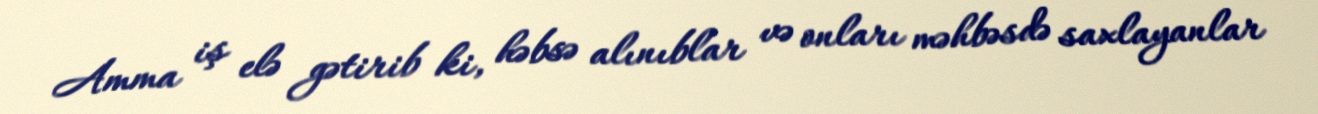
Amma iş elə gətirib ki, həbsə alınıblar və onları məhbəsdə saxlayanlar